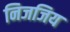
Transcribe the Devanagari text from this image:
निजजिय